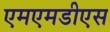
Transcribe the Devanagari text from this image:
एमएमडीएस